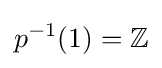
p^{-1}(1)=\mathbb {Z}